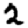
Digit: 2